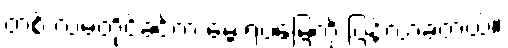
တစ် လမတိုင်ခင်က မွေးရပ်မြေကို ပြန်လာခဲ့တယ်။